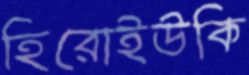
হিরোইউকি